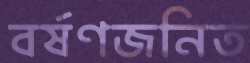
বর্ষণজনিত